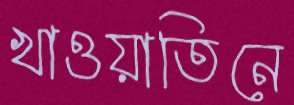
খাওয়াতিনে